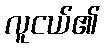
လူငယ်၏